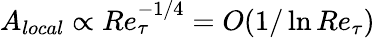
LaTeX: A_{local}\propto Re_{\tau}^{-1/4}=O(1/\ln Re_{\tau})